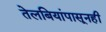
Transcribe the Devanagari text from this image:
तेलबियांपासूनही